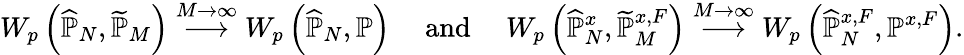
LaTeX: W_{p}\left(\widehat{\mathbb{P}}_{N},\widetilde{\mathbb{P}}_{M}\right)\overset{{\scriptstyle M\rightarrow\infty}}{\longrightarrow}W_{p}\left(\widehat{\mathbb{P}}_{N},\mathbb{P}\right)\quad\mathrm{~and~}\quad W_{p}\left(\widehat{\mathbb{P}}_{N}^{x},\widetilde{\mathbb{P}}_{M}^{x,F}\right)\overset{{\scriptstyle M\rightarrow\infty}}{\longrightarrow}W_{p}\left(\widehat{\mathbb{P}}_{N}^{x,F},\mathbb{P}^{x,F}\right).